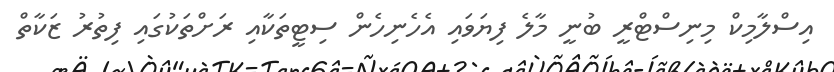
އިސްލާމިކް މިނިސްޓްރީ ބުނީ މާލެ ފިޔަވައި އެހެނިހެން ސިޓީތަކާއި ރަށްތަކުގައި ފިތުރު ޒަކާތް